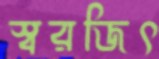
স্বরজিৎ